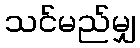
သင်မည်မျှ